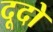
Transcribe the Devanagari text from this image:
दूदो